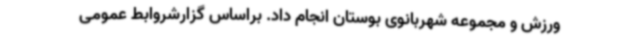
ورزش و مجموعه شهربانوی بوستان انجام داد. براساس گزارشروابط عمومی